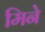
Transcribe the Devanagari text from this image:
मिने